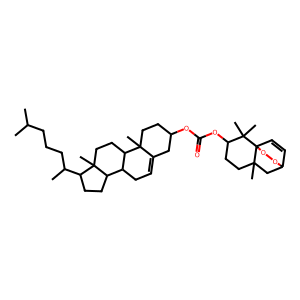
SMILES: CC(C)CCCC(C)C1CCC2C3CC=C4CC(OC(=O)OC5CCC6(C)CC7C=CC6(OO7)C5(C)C)CCC4(C)C3CCC12C
Inhibits HIV replication: No